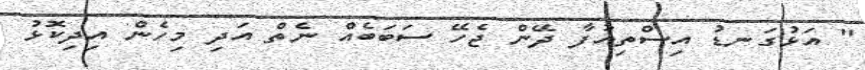
" އަޅުގަނޑު އިސްތިއުފާ ދޭން ޖެހޭ ސަބަބެއް ނެތް އަދި މިހެން އިދިކޮޅު